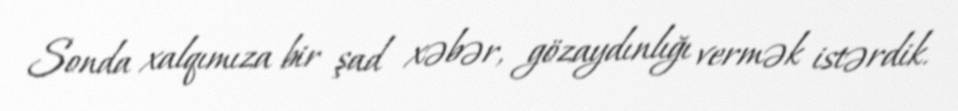
Sonda xalqımıza bir şad xəbər, gözaydınlığı vermək istərdik.